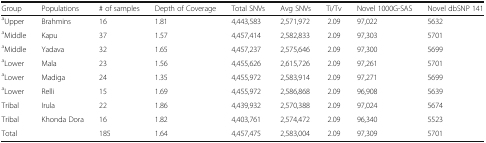
<table><thead><tr><td><b>Group</b></td><td><b>Populations</b></td><td><b># of samples</b></td><td><b>Depth of Coverage</b></td><td><b>Total SNVs</b></td><td><b>Avg SNVs</b></td><td><b>Ti/Tv</b></td><td><b>Novel 1000G-SAS</b></td><td><b>Novel dbSNP 141</b></td></tr></thead><tbody><tr><td><sup>a</sup>Upper</td><td>Brahmins</td><td>16</td><td>1.81</td><td>4,443,583</td><td>2,571,972</td><td>2.09</td><td>97,022</td><td>5632</td></tr><tr><td><sup>a</sup>Middle</td><td>Kapu</td><td>37</td><td>1.57</td><td>4,457,414</td><td>2,582,833</td><td>2.09</td><td>97,303</td><td>5701</td></tr><tr><td><sup>a</sup>Middle</td><td>Yadava</td><td>32</td><td>1.65</td><td>4,457,237</td><td>2,575,646</td><td>2.09</td><td>97,300</td><td>5699</td></tr><tr><td><sup>a</sup>Lower</td><td>Mala</td><td>23</td><td>1.56</td><td>4,455,626</td><td>2,615,726</td><td>2.09</td><td>97,261</td><td>5701</td></tr><tr><td><sup>a</sup>Lower</td><td>Madiga</td><td>24</td><td>1.35</td><td>4,455,972</td><td>2,583,914</td><td>2.09</td><td>97,271</td><td>5699</td></tr><tr><td><sup>a</sup>Lower</td><td>Relli</td><td>15</td><td>1.69</td><td>4,455,972</td><td>2,586,868</td><td>2.09</td><td>96,908</td><td>5639</td></tr><tr><td>Tribal</td><td>Irula</td><td>22</td><td>1.86</td><td>4,439,932</td><td>2,570,388</td><td>2.09</td><td>97,024</td><td>5674</td></tr><tr><td>Tribal</td><td>Khonda Dora</td><td>16</td><td>1.82</td><td>4,403,761</td><td>2,574,472</td><td>2.09</td><td>96,340</td><td>5523</td></tr><tr><td>Total</td><td></td><td>185</td><td>1.64</td><td>4,457,475</td><td>2,583,004</td><td>2.09</td><td>97,309</td><td>5701</td></tr></tbody></table>